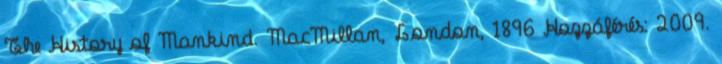
The History of Mankind. MacMillan, London, 1896 Hozzáférés: 2009.